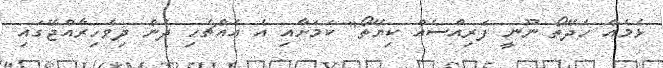
ޅެމެއް ހެދޭތޯ ނޫނީ ފަރިއްސެއް ކިޔޭތޯ" ކަމަށާއި އެ އެއްޗެހި ދެން ދިވެހިރާއްޖޭގައި